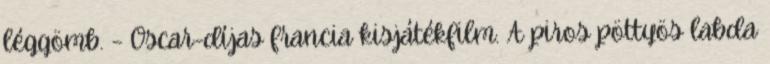
léggömb. – Oscar-díjas francia kisjátékfilm. A piros pöttyös labda